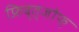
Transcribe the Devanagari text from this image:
फ्रिद्त्जोफ़